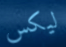
ليكس